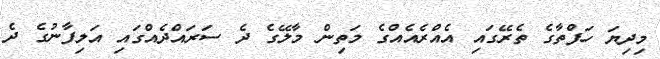
މިދިޔަ ހަފްތާގެ ތެރޭގައި އެއްރެއެއްގެ މަތިން މާލޭގެ ދެ ސަރަައްދެއްގައި އަލިފާނުގެ ދެ